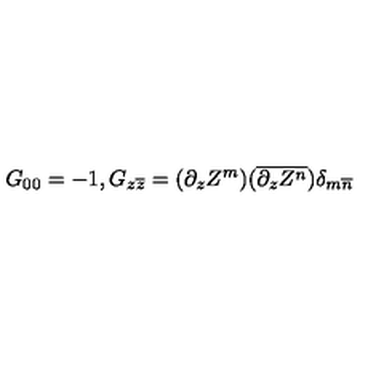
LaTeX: G _ { 0 0 } = - 1 , G _ { z \overline { { z } } } = ( \partial _ { z } Z ^ { m } ) ( \overline { { \partial _ { z } Z ^ { n } } } ) \delta _ { m \overline { { n } } }